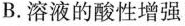
B. 溶液的酸性增强